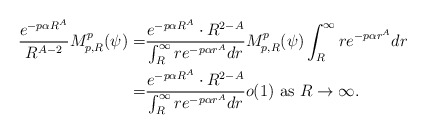
\begin{align*}\frac{e^{-p\alpha R^A}}{R^{A-2}}M_{p,R}^p(\psi)=&\frac{e^{-p\alpha R^A}\cdot R^{2-A}}{\int_R^\infty r e^{-p\alpha r^{A}}dr}M_{p,R}^p(\psi)\int_R^\infty r e^{-p\alpha r^{A}}dr\\=&\frac{e^{-p\alpha R^A}\cdot R^{2-A}}{\int_R^\infty r e^{-p\alpha r^{A}}dr} o(1)\hbox{ as } R\rightarrow\infty.\end{align*}